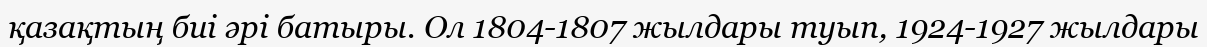
қазақтың биі әрі батыры. Ол 1804-1807 жылдары туып, 1924-1927 жылдары